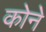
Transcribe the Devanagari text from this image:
काेने